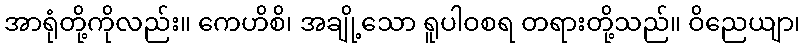
အာရုံတို့ကိုလည်း။ ကေဟိစိ၊ အချို့သော ရူပါဝစရ တရားတို့သည်။ ဝိညေယျာ၊